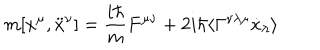
LaTeX: m [ x ^ { \mu } , \ddot { x } ^ { \nu } ] = { \frac { i \hbar } { m } } F ^ { \mu \nu } + 2 i \hbar \langle \Gamma ^ { \nu \lambda \mu } \dot { x } _ { \lambda } \rangle